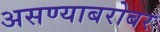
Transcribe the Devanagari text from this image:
असण्याबरोबर